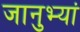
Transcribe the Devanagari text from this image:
जानुभ्यां